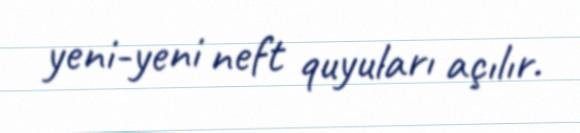
yeni-yeni neft quyuları açılır.